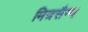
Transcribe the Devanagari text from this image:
मित्रसैन्य